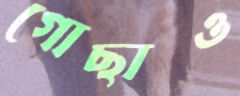
গোছাও